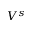
V ^ { s }